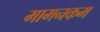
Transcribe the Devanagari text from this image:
मामनकम